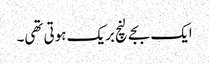
ایک بجے لنچ بریک ہوتی تھی۔